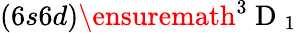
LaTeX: (6s6d)\ensuremath{{^3\mathrm{~D~}_{1}}}